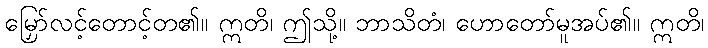
မြှော်လင့်တောင့်တ၏။ ဣတိ၊ ဤသို့။ ဘာသိတံ၊ ဟောတော်မူအပ်၏။ ဣတိ၊